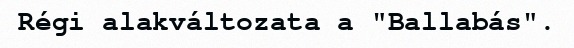
Régi alakváltozata a "Ballabás".